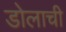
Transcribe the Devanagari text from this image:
डोलाची